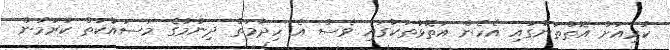
ކުރިއަށް އޮތްތަނުގައި އެހެން އަތޮޅުތަކުގައި ވެސް އެ ހިދުމަތް ދިނުމުގެ މަސައްކަތް ކުރަމުން